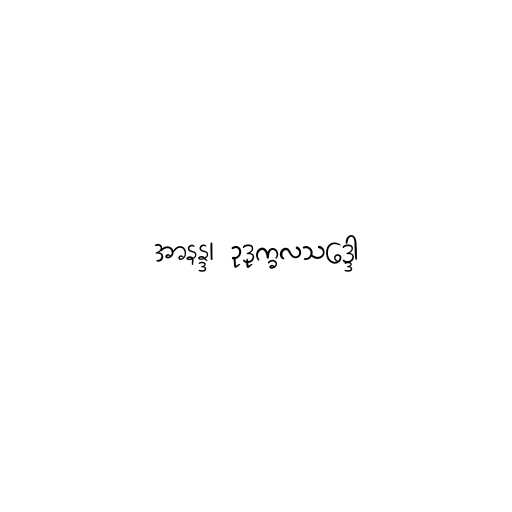
အာနန္ဒ၊ ဥဒုက္ခလသဒ္ဒော